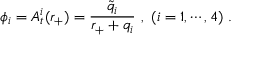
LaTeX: \phi _ { i } = A _ { t } ^ { i } ( r _ { + } ) = { \frac { \tilde { q } _ { i } } { r _ { + } + q _ { i } } } \ , \ ( i = 1 , \cdots , 4 ) \ .